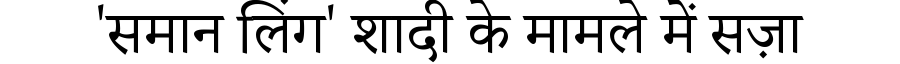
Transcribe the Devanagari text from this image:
'समान लिंग' शादी के मामले में सज़ा